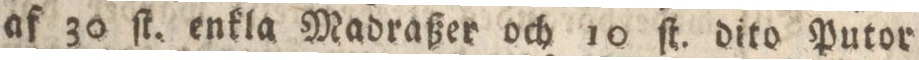
af 30 ſt. enkla Madraßer och 10 ſt. dito Putor